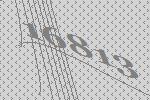
16813